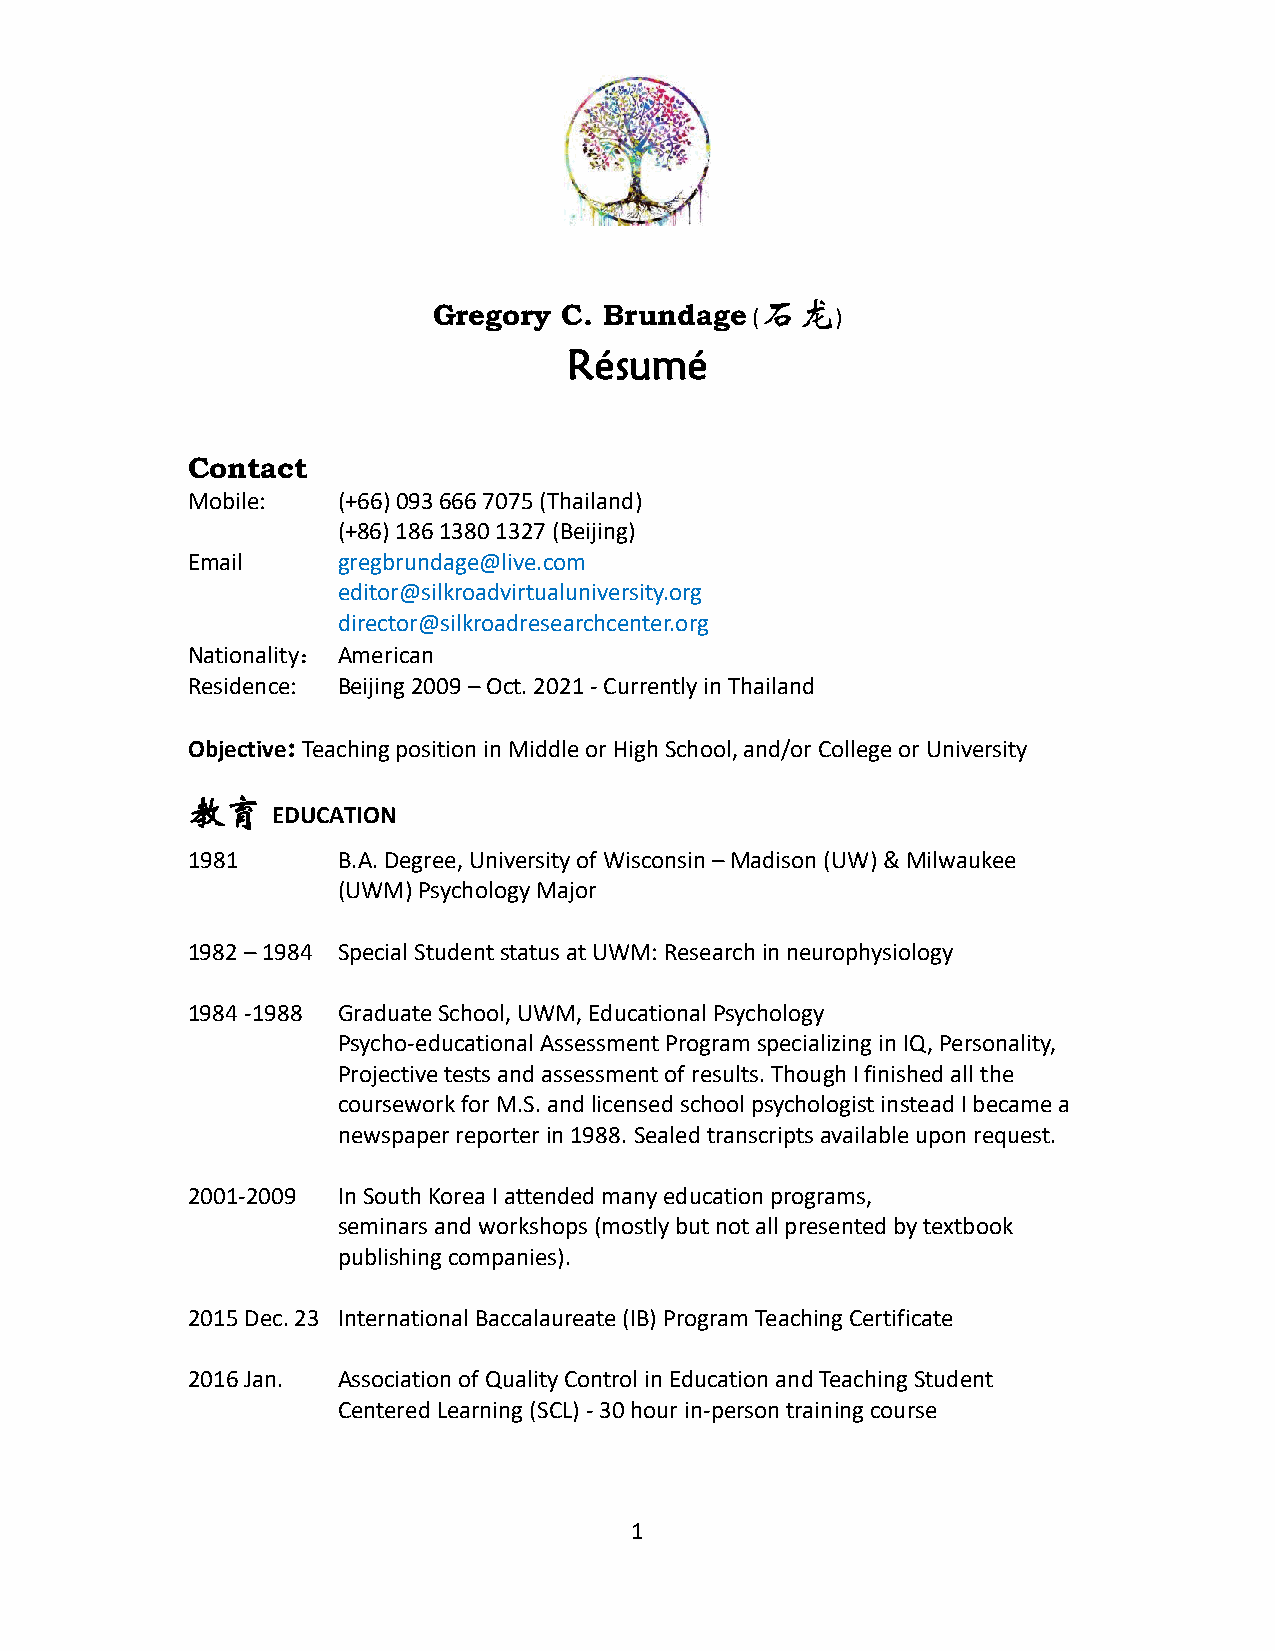
石龙
 Gregory C. Brundage  (    )
 Résumé
 Contact
 Mobile:   (+66) 093 666 7075 (Thailand)
 (+86) 186 1380 1327 (Beijing)
 Email     gregbrundage@live.com
 editor@silkroadvirtualuniversity.org
 director@silkroadresearchcenter.org
 Nationality： American
 Residence: Beijing 2009 – Oct. 2021 - Currently in Thailand
 Objective: Teaching position in Middle or High School, and/or College or University
 教育
 EDUCATION
 1981      B.A. Degree, University of Wisconsin – Madison (UW) & Milwaukee
 (UWM) Psychology Major
 1982 – 1984 Special Student status at UWM: Research in neurophysiology
 1984 -1988 Graduate School, UWM, Educational Psychology
 Psycho-educational Assessment Program specializing in IQ, Personality,
 Projective tests and assessment of results. Though I finished all the
 coursework for M.S. and licensed school psychologist instead I became a
 newspaper reporter in 1988. Sealed transcripts available upon request.
 2001-2009 In South Korea I attended many education programs,
 seminars and workshops (mostly but not all presented by textbook
 publishing companies).
 2015 Dec. 23 International Baccalaureate (IB) Program Teaching Certificate
 2016 Jan. Association of Quality Control in Education and Teaching Student
 Centered Learning (SCL) - 30 hour in-person training course
 1